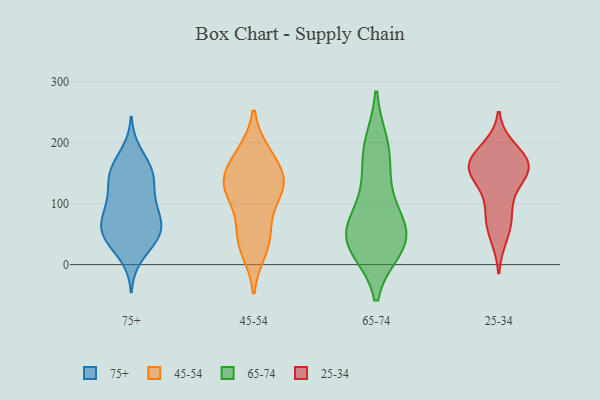
{"axis": {"x": "Net Income (USD K)", "y": "Value"}, "legend": ["25-34", "45-54", "65-74", "75+"], "data": [{"x": "", "y": 96, "type": "75+"}, {"x": "", "y": 138, "type": "75+"}, {"x": "", "y": 153, "type": "75+"}, {"x": "", "y": 156, "type": "75+"}, {"x": "", "y": 114, "type": "75+"}, {"x": "", "y": 65, "type": "75+"}, {"x": "", "y": 149, "type": "75+"}, {"x": "", "y": 105, "type": "75+"}, {"x": "", "y": 152, "type": "75+"}, {"x": "", "y": 46, "type": "75+"}, {"x": "", "y": 65, "type": "75+"}, {"x": "", "y": 71, "type": "75+"}, {"x": "", "y": 60, "type": "75+"}, {"x": "", "y": 44, "type": "75+"}, {"x": "", "y": 93, "type": "75+"}, {"x": "", "y": 184, "type": "75+"}, {"x": "", "y": 39, "type": "75+"}, {"x": "", "y": 46, "type": "75+"}, {"x": "", "y": 13, "type": "75+"}, {"x": "", "y": 135, "type": "45-54"}, {"x": "", "y": 137, "type": "45-54"}, {"x": "", "y": 127, "type": "45-54"}, {"x": "", "y": 53, "type": "45-54"}, {"x": "", "y": 133, "type": "45-54"}, {"x": "", "y": 25, "type": "45-54"}, {"x": "", "y": 177, "type": "45-54"}, {"x": "", "y": 45, "type": "45-54"}, {"x": "", "y": 180, "type": "45-54"}, {"x": "", "y": 112, "type": "45-54"}, {"x": "", "y": 197, "type": "65-74"}, {"x": "", "y": 28, "type": "65-74"}, {"x": "", "y": 144, "type": "65-74"}, {"x": "", "y": 63, "type": "65-74"}, {"x": "", "y": 96, "type": "65-74"}, {"x": "", "y": 52, "type": "65-74"}, {"x": "", "y": 39, "type": "65-74"}, {"x": "", "y": 187, "type": "65-74"}, {"x": "", "y": 33, "type": "65-74"}, {"x": "", "y": 43, "type": "65-74"}, {"x": "", "y": 172, "type": "25-34"}, {"x": "", "y": 161, "type": "25-34"}, {"x": "", "y": 124, "type": "25-34"}, {"x": "", "y": 159, "type": "25-34"}, {"x": "", "y": 75, "type": "25-34"}, {"x": "", "y": 153, "type": "25-34"}, {"x": "", "y": 167, "type": "25-34"}, {"x": "", "y": 81, "type": "25-34"}, {"x": "", "y": 155, "type": "25-34"}, {"x": "", "y": 189, "type": "25-34"}, {"x": "", "y": 47, "type": "25-34"}]}